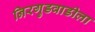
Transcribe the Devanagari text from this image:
निरगुडवाडीला